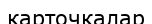
карточкалар